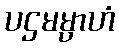
ပဌမမ္ပာဟံ